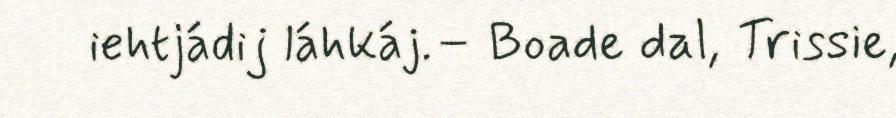
iehtjádij láhkáj.– Boade dal, Trissie,